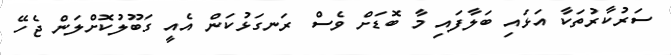
ސަރުކާރުތަކާ އަޅައި ބަލާފައި މާ ބޮޑަށް ވެސް ރަނގަޅުކަން އެއީ ގަބޫލުކޮށްލަން ޖެހޭ